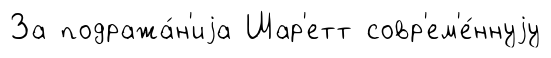
За подража́н'иjа Шар'етт совр'ем'е́ннуjу